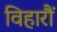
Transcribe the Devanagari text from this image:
विहारौं